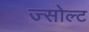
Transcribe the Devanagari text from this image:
ज्सोल्ट